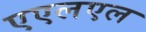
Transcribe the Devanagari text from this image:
एएलएल